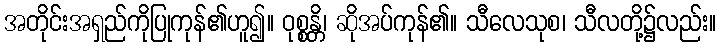
အတိုင်းအရှည်ကိုပြုကုန်၏ဟူ၍။ ဝုစ္စန္တိ၊ ဆိုအပ်ကုန်၏။ သီလေသုစ၊ သီလတို့၌လည်း။